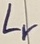
Text: Lr